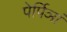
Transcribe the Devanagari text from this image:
पेर्पिञां